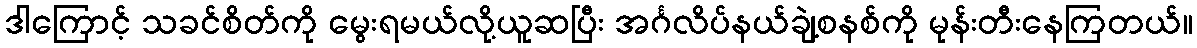
ဒါကြောင့် သခင်စိတ်ကို မွေးရမယ်လို့ယူဆပြီး အင်္ဂလိပ်နယ်ချဲ့စနစ်ကို မုန်းတီးနေကြတယ်။